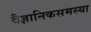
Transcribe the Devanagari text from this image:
वैज्ञानिकसमस्या